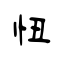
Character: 忸